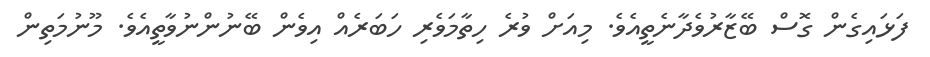
ފަޅައިގެން ގޮސް ބޭޒާރުވެދާނެތީއެވެ. މިއަށް ވުރެ ހިތާމަވެރި ހަބަރެއް އިވެން ބޭނުންނުވާތީއެވެ. މޫނުމަތިން